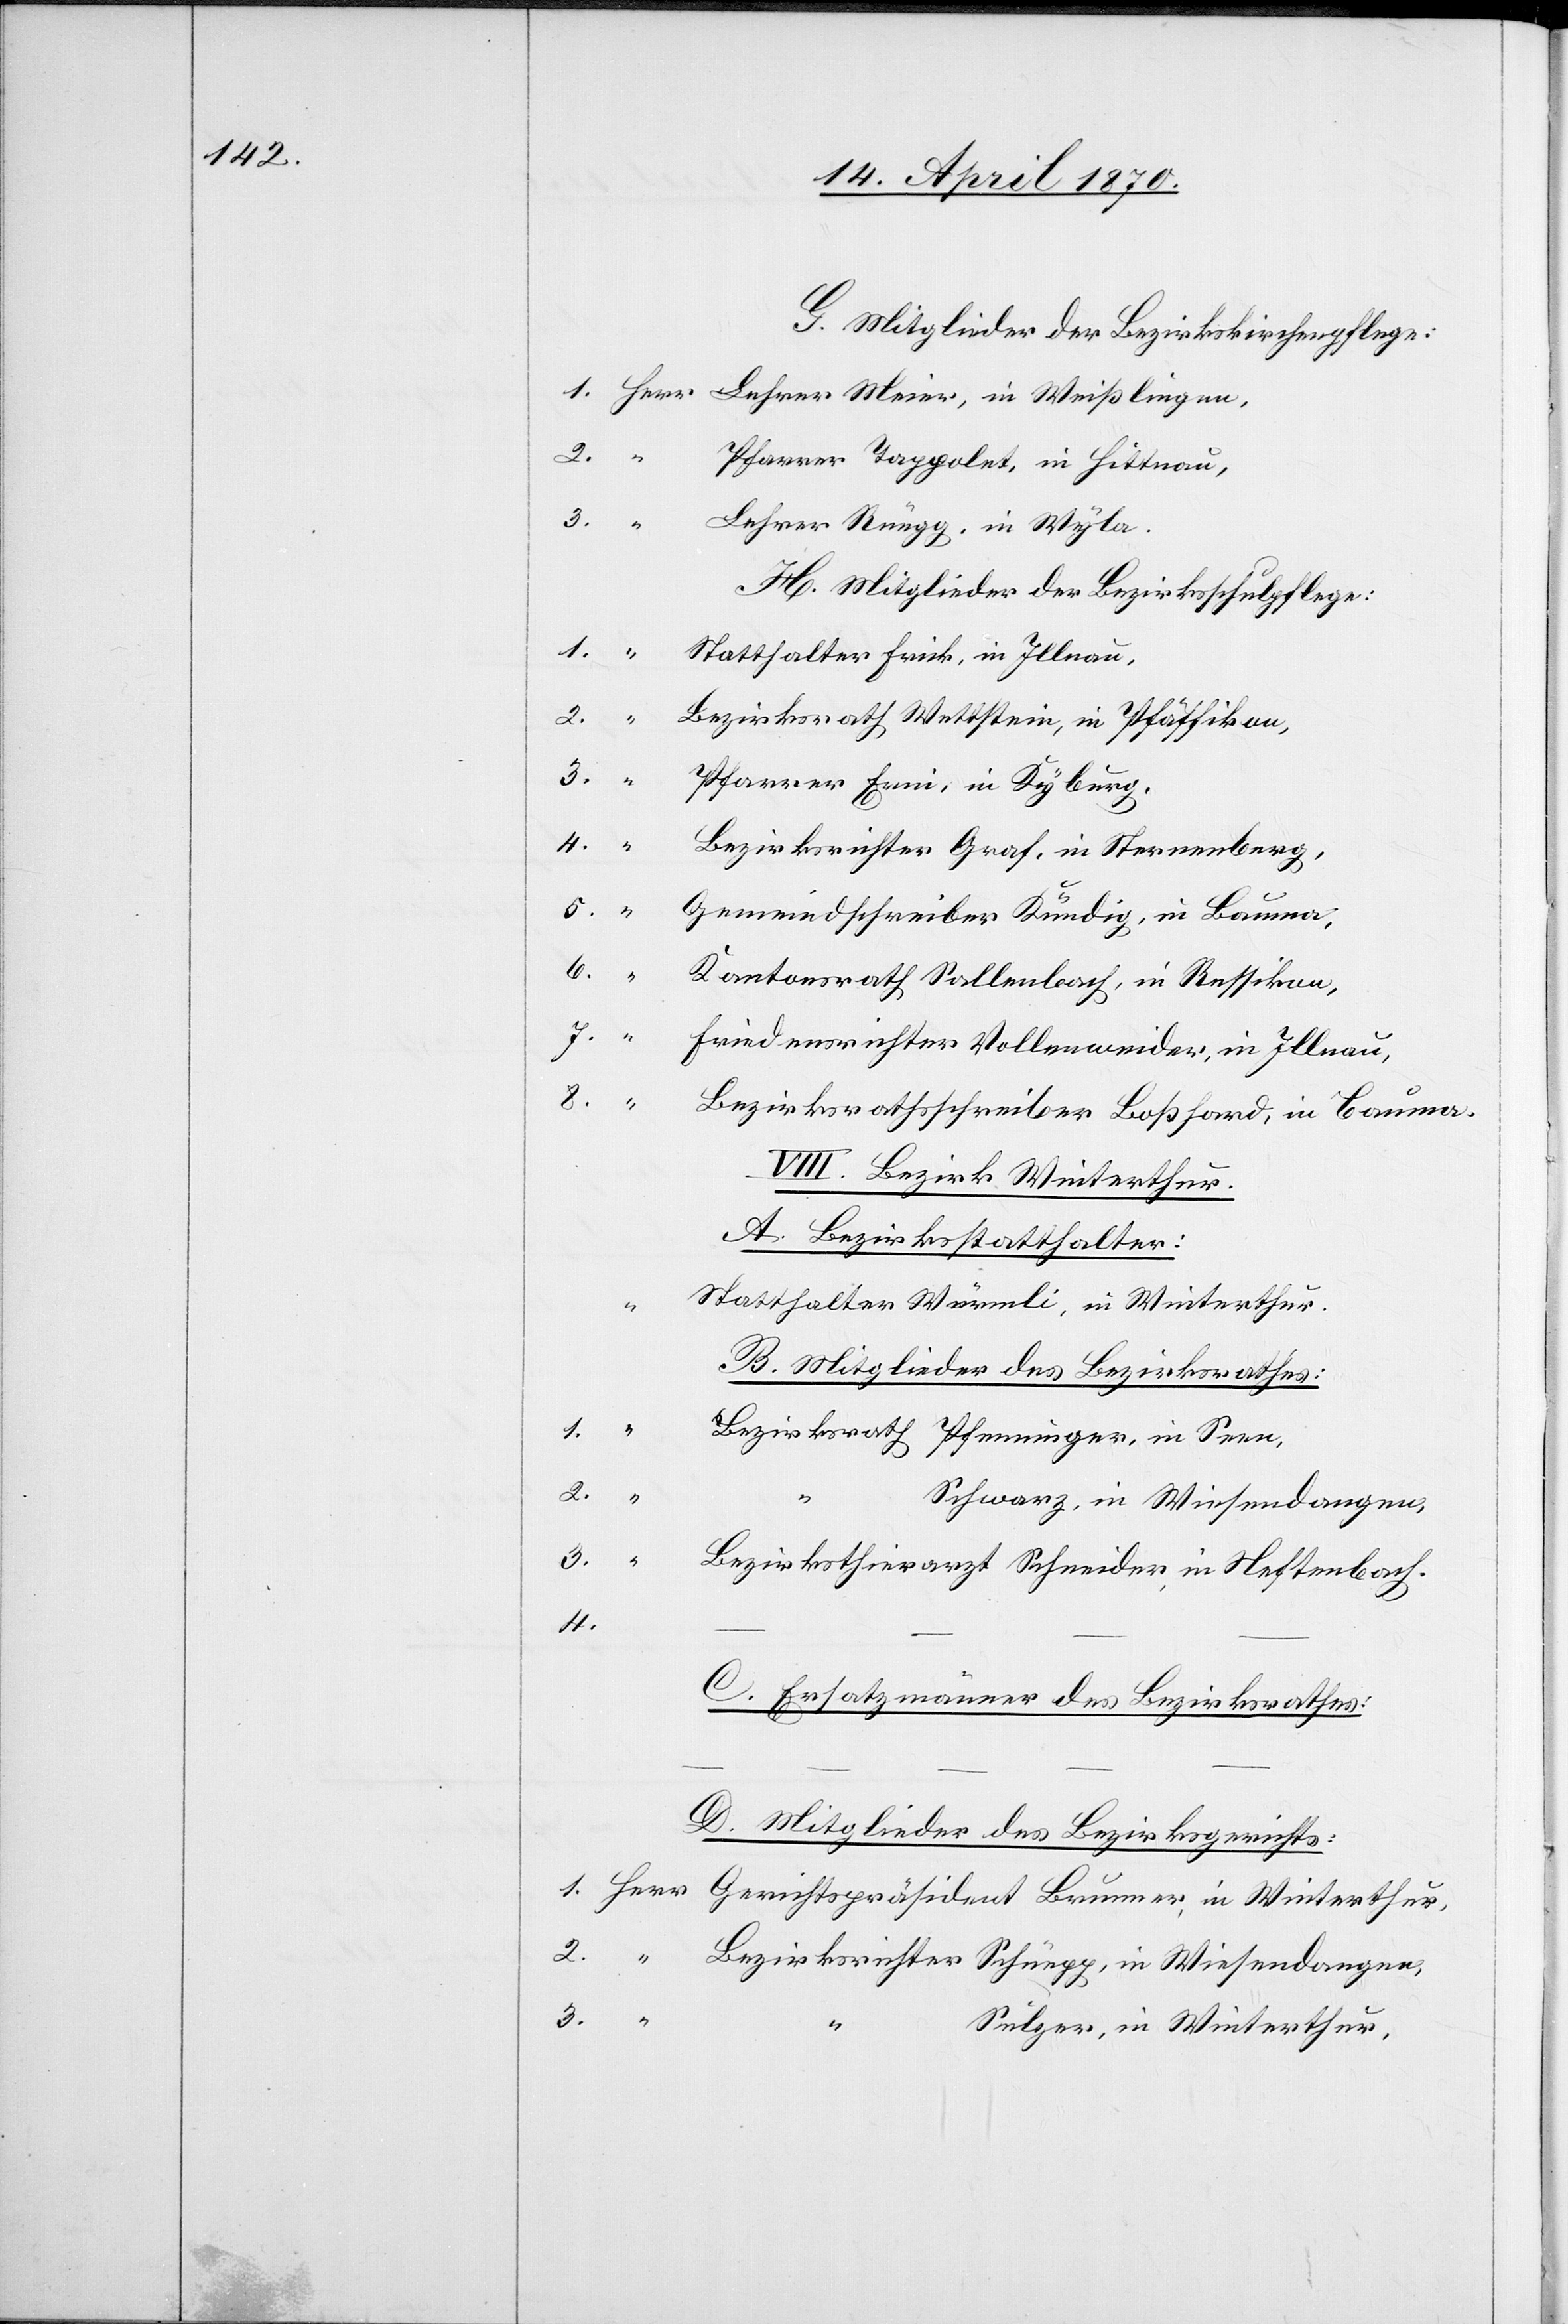
G. Mitglieder der Bezirkskirchenpflege:
– –
Pfarrer Tappolet, in Hittnau,
Lehrer Rüegg, in Wyla.
H. Mitglieder der Bezirksschulpflege:
Statthalter Frick, in Illnau,
Bezirksrath Wettstein, in Pfäffikon,
Bezirksrichter Graf, in Sternenberg,
Kantonsrath Sallenbach, in Russikon,
8.
Bezirksrathsschreiber Boßhard, in Bauma.
VIII. Bezirk Winterthur.
A. Bezirksstatthalter:
Statthalter Würmli, in Winterthur.
1.
B. Mitglieder des Bezirksrathes:
Bezirksrath Pfenninger, in Seen,
2.
“
Schwarz, in Wiesendangen,
3.
Herr
Bezirksthierarzt Schneider, in Neftenbach.
4.
C. Ersatzmänner des Bezirksrathes:
D. Mitglieder des Bezirksgerichts:
Bezirksrichter Schüepp, in Wiesendangen,
3.
Sulger, in Winterthur,